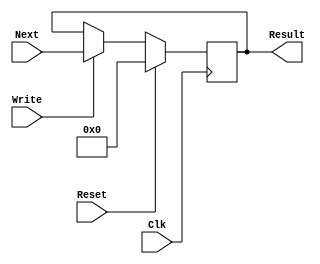
module ProgramCounter(Clk, Write, Result, Next, Reset);
	
	input [31:0] Next;
	input Clk, Write, Reset;
	output reg [31:0] Result;
	
	initial begin
	
		Result <= 32'b00000000;
		
	end
	
	always @(posedge Clk)
	begin
		if (Reset == 1)
		begin
		
			Result <=32'b00000000;
			
		end
		
		else
		
		begin
			
			if (Write == 1) begin
			
				Result <= Next;
			
			end
		end
	end
endmodule